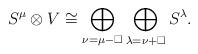
LaTeX: \begin{align*} S^\mu \otimes V \cong \bigoplus_{\nu = \mu-\square}\bigoplus_{\lambda = \nu+\square} S^\lambda. \end{align*}